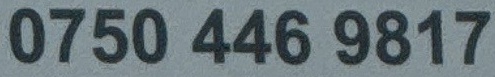
0750 446 9817